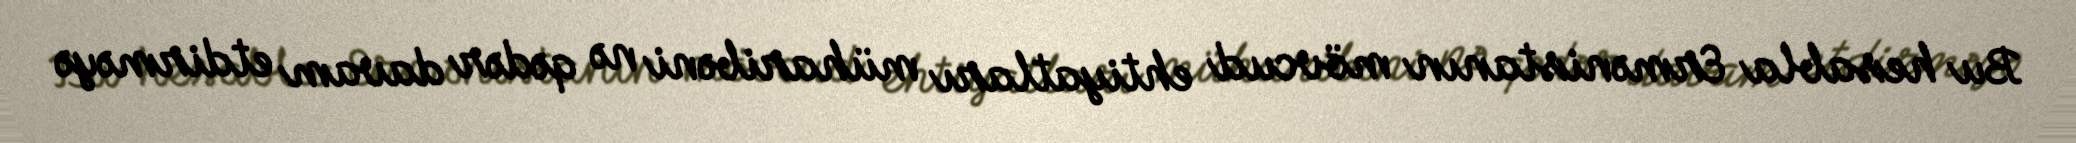
Bu hesabla Ermənistanın mövcud ehtiyatları müharibəni nə qədər davam etdirməyə